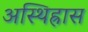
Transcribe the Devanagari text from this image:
अस्थिह्रास